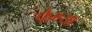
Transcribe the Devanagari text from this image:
फेण्या